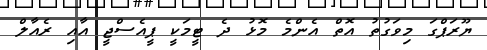
ޔޫރަޕްގަ މިވަގުތު އޮތް އެންމެ މޮޅު ދެ ޓީމަކީ ޕީއެސްޖީ އާއި ރެއާލް